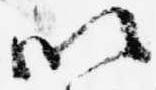
以